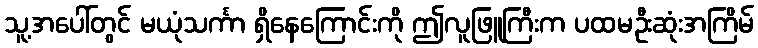
သူ့အပေါ်တွင် မယုံသင်္ကာ ရှိနေကြောင်းကို ဤလူဖြူကြီးက ပထမဦးဆုံးအကြိမ်